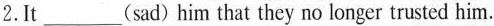
2.It ___ (sad) him that they no longer trusted him.